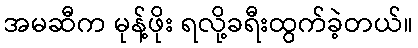
အမဆီက မုန့်ဖိုး ရလို့ခရီးထွက်ခဲ့တယ်။